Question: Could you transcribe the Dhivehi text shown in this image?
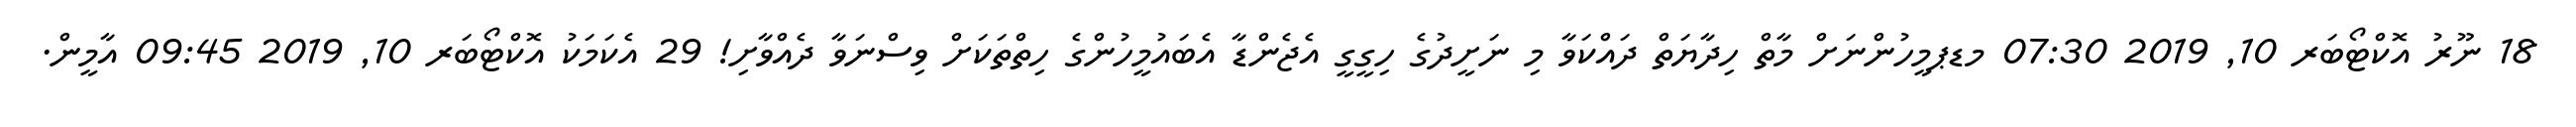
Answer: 18 ނޫރު އޮކްޓޯބަރ 10, 2019 07:30 މޑޕމީހުންނަށް މާތް ހިދާޔަތް ދައްކަވާ މި ނަށީދުގެ ހިގީގީ އެޖެންޑާ އެބައުމީހުންގެ ހިތްތަކަށް ވިސްނަވާ ދެއްވާށި! 29 އެކަމަކު އޮކްޓޯބަރ 10, 2019 09:45 އާމީން.